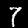
Digit: 7